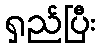
ရှည်ပြီး